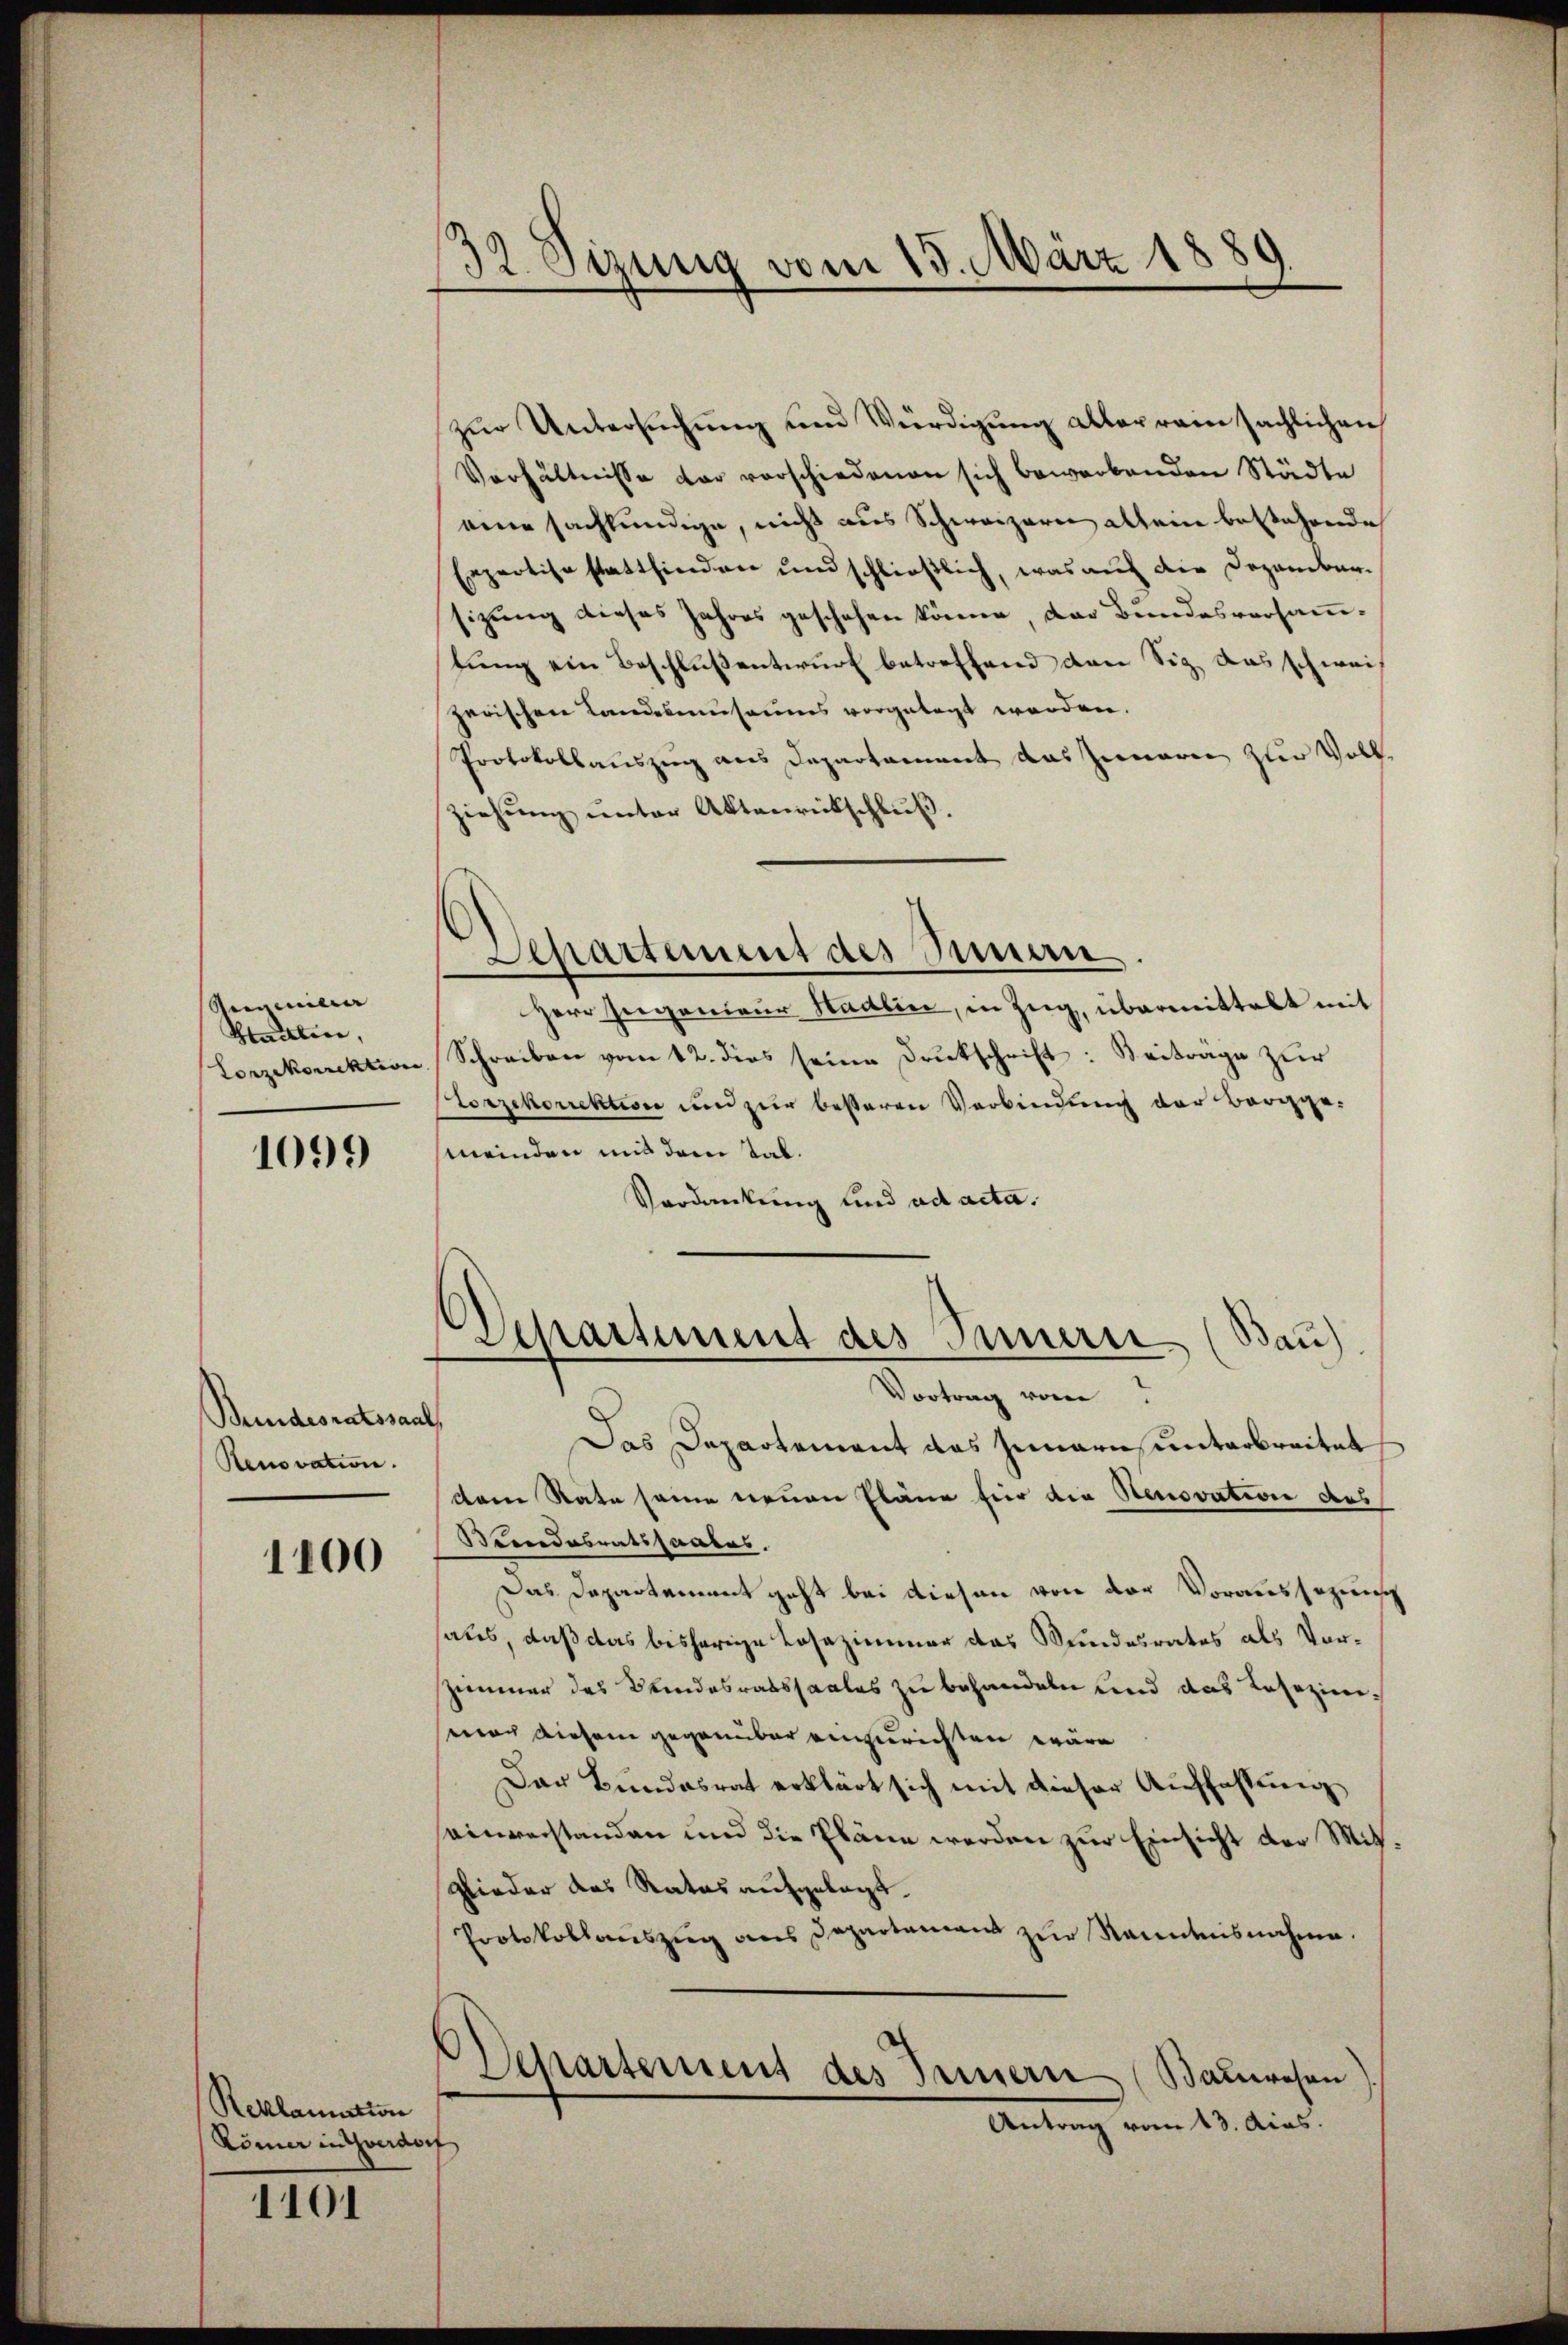
Anamilie
Staillen,

1099

Beundesratssaal
Renovation.

1100

Reklamation
Lömer in Yverdorf

1101

s
de Sitzung vom 15. März 1889

zur Untersuchung und Würdigung aller rein sächlichen
Verhältnisse der verschiedenen sich bewerbenden Städte
eine sachkundige, nicht aus Schweizern allein bestehende
pertise stattfinden und schließlich, was auch die Dezembersizung dieses Jahres geschehen könne, das Bundesversammtung ein Beschluß entwurf betreffend den Siz, das schweis
zerischen Landesausaums vorgelegt worden.
Protokollauszug aus Departament das Zimeren zur Volk
ziehung unter Aktenrückschluß.
Separtement des Innern.
Herr Ingenieur Stadlin, in Zug, übermittelt mit
Lorzekorrektion Schreiben vom 12. dies seine Drukschrift: Beiträge zŭr
Porzekorektion und zur besseren Verbindung der Berggemeinden und dem Tab.
Verdankung und ad acta.
Departement des Innern (Bau)
Vortrag vom
Das Departement das Jenare unterbreitet
dem Rate seine neuen Pläne für die Stenovation des
Bundesratssaales.
Das Departement geht bei diesen von der Voraussezunsch
haus, daß das bisherige Losezimmer das Wundesrates als Vor¬
Zimmer des Bundesratssaales zu behandeln und das Lesezimimnach diesem gegenüber einzurichten wäre
Der Bundesrat erklärt sich mit dieser Auffassung
einverstanden und die Pläne werden zur Einsicht der Mitglieder das Rates aufgelegt.
Protokollaŭszŭg ans Departamen zŭr Kenntnisnahme.
Departement des Innern (Bauwesen
Antrag vom 13. Aias.